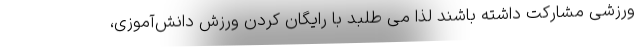
ورزشی مشارکت داشته باشند لذا می طلبد با رایگان کردن ورزش دانش‌آموزی،